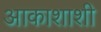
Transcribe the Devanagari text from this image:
आकाशाशी